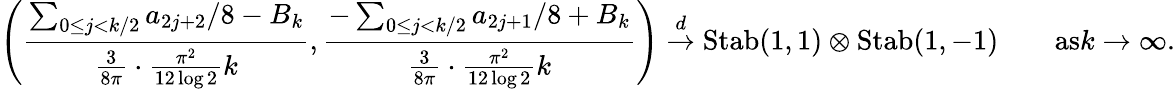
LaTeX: \left(\frac{\sum_{0\le j<k/2}a_{2j+2}/8-B_{k}}{\frac{3}{8\pi}\cdot\frac{\pi^{2}}{12\log 2}k},\frac{-\sum_{0\le j<k/2}a_{2j+1}/8+B_{k}}{\frac{3}{8\pi}\cdot\frac{\pi^{2}}{12\log 2}k}\right)\overset{d}{\to}\mathrm{Stab}(1,1)\otimes\mathrm{Stab}(1,-1)\qquad\textrm{as}k\to\infty.